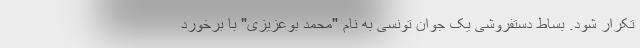
تکرار شود. بساط دستفروشی یک جوان تونسی به نام "محمد بوعزیزی" با برخورد